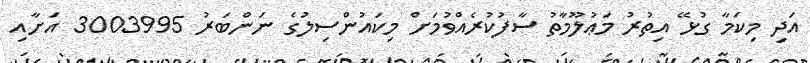
އަދި މިކަމާ ގުޅޭ އިތުރު މަޢުލޫމާތު ސާފުކުރެއްވުމަށް މިކައުންސިލުގެ ނަންބަރު 3003995 އަށާއި